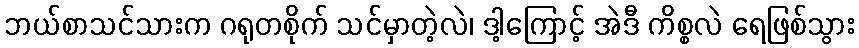
ဘယ်စာသင်သားက ဂရုတစိုက် သင်မှာတဲ့လဲ၊ ဒါ့ကြောင့် အဲဒီ ကိစ္စလဲ ရေဖြစ်သွား